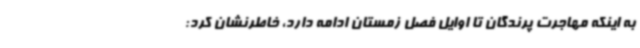
به اینکه مهاجرت پرندگان تا اوایل فصل زمستان ادامه دارد، خاطرنشان کرد: